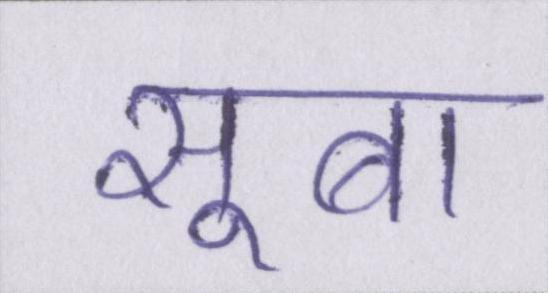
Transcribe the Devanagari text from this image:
सूबा